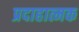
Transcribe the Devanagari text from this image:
प्रदाहात्मक